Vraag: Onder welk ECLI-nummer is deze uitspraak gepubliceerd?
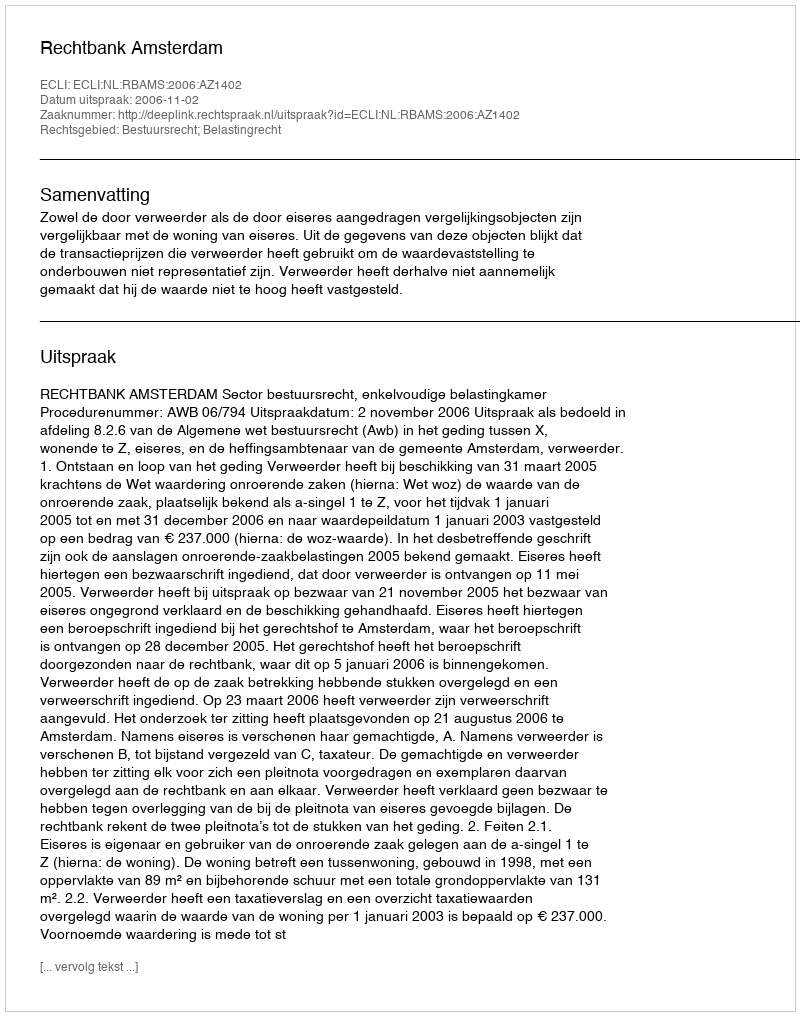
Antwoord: ECLI:NL:RBAMS:2006:AZ1402